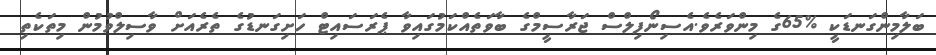
ބަލާމިންގަނޑަކީ %65ގެ މިންވަރެވެ.އެސިނޯފިލްސް ޖަރާސީމްގެ ބާވަތެއްކަމުގައިވާ ޕެރަސައިޓް ހަށިގަނޑުގެ ތެރެއަށް ވާސިލްވުމުން މިތަކެތި